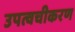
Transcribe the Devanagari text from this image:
उपत्वचीकरण